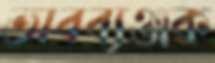
ভাবব্যঞ্জক